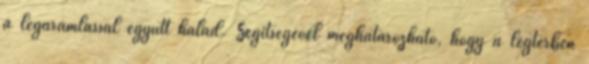
a légáramlással együtt halad. Segítségével meghatározható, hogy a légtérben